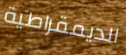
الديمقراطية